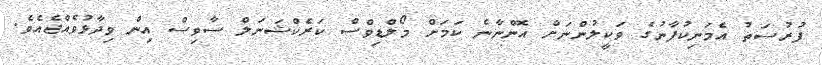
ފުރުސަތު އެމަނިކުފާނުގެ ވަކީލުންނަށް އޮންނާނެ ކަމަށް މޯލްޑިވްސް ކަރެކްޝަނަލް ސާވިސް އިން ވިދާޅުވެއްޖެއެވެ.